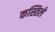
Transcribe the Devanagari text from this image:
कस्तिले